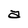
Character: a